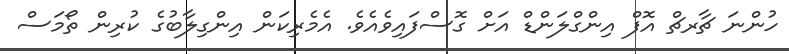
ހުންނަ ޗާރޗް އޮފް އިންގްލަންޑް އަށް ގޮސްފައިވެއެވެ. އެމެރިކަން އިންގިލާބުގެ ކުރިން ތޯމަސް